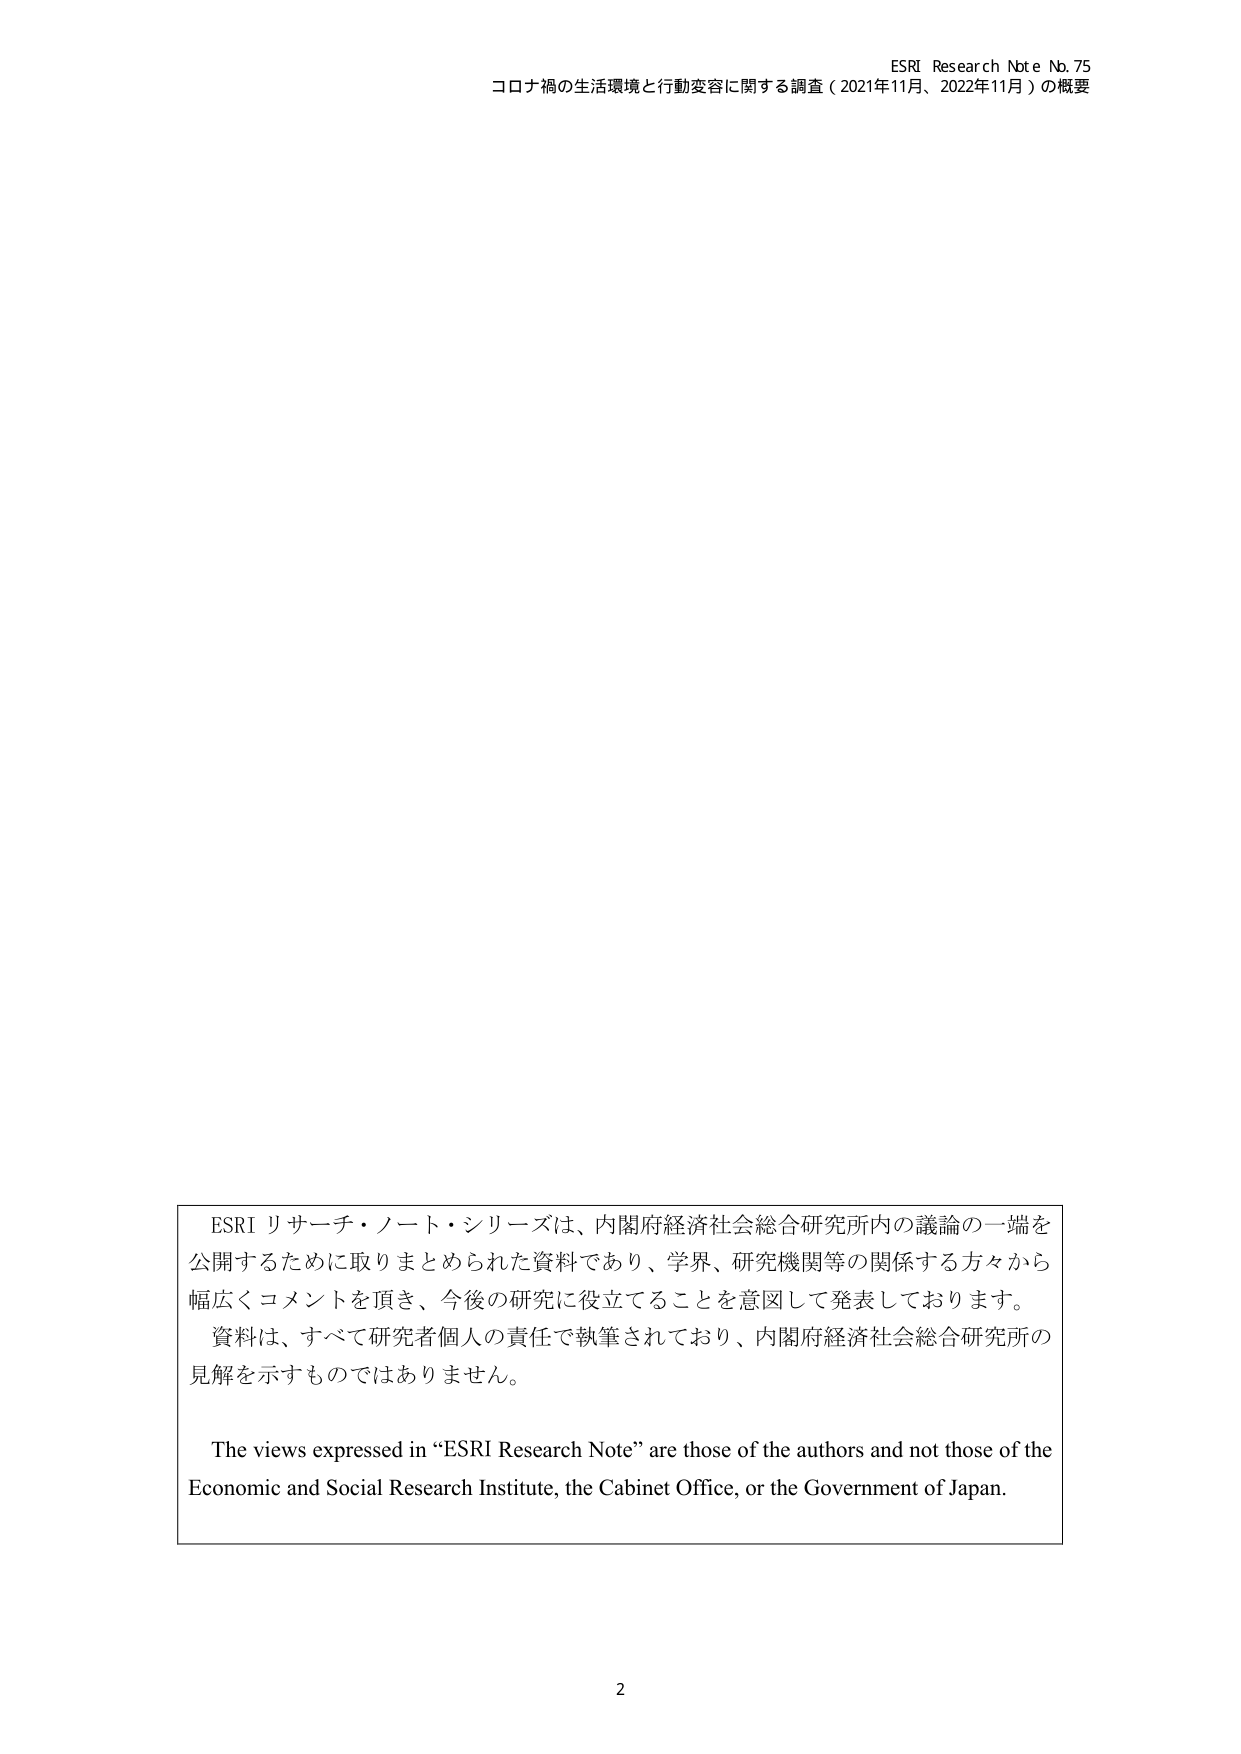
ESRI Research Note No. 75
コロナ禍の生活環境と行動変容に関する調査（2021年11月、2022年11月）の概要

ESRI リサーチ・ノート・シリーズは、内閣府経済社会総合研究所内の議論の一端を
公開するために取りまとめられた資料であり、学界、研究機関等の関係する方々から
幅広くコメントを頂き、今後の研究に役立てることを意図して発表しております。
資料は、すべて研究者個人の責任で執筆されており、内閣府経済社会総合研究所の
見解を示すものではありません。

The views expressed in “ESRI Research Note” are those of the authors and not those of the
Economic and Social Research Institute, the Cabinet Office, or the Government of Japan.

2